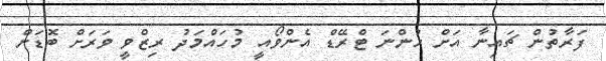
ފަރާތުން ޗައިނާ އަށް ހުންނަ ޓްރޭޑް އެންވޯއީ މުހައްމަދު ރިޒްވީ ވަރަށް ބޮޑަށް